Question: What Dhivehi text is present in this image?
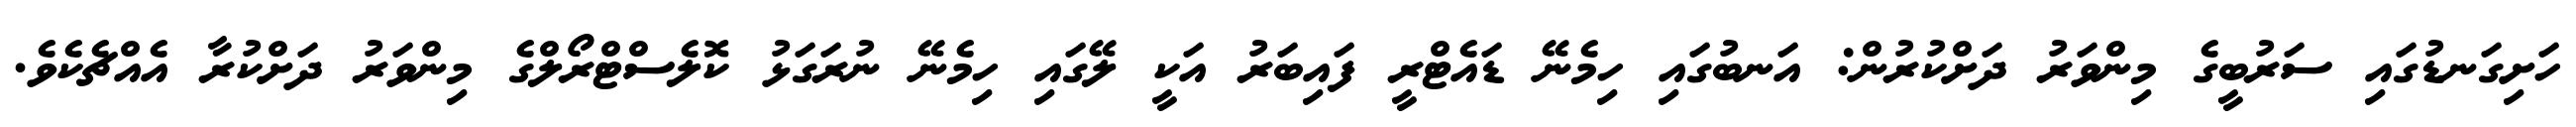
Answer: ހަށިގަނޑުގައި ސަރުބީގެ މިންވަރު ދަށްކުރުން: އަނބުގައި ހިމެނޭ ޑައެޓްރީ ފައިބަރު އަކީ ލޭގައި ހިމެނޭ ނުރަގަޅު ކޮލެސްޓްރޯލްގެ މިންވަރު ދަށްކުރާ އެއްޗެކެވެ.